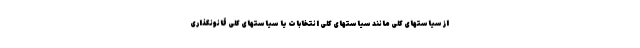
از سیاستهای کلی مانند سیاستهای کلی انتخابات یا سیاستهای کلی قانونگذاری